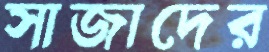
সাজাদের